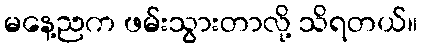
မနေ့ညက ဖမ်းသွားတာလို့ သိရတယ်။